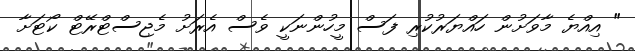
" އިއްޔެ މާވަށުން ހައްޔަރުކުރި ފަސް މީހުންނަކީ ވެސް އެރަށު މެޖިސްޓްރޭޓް ކޯޓަށާ